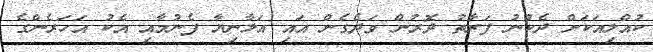
ކުއްލިއަކަށް ދެކުނު ފަރާތު ދޮރުން ވަދެގެން އައި އަލާނިޔާ ފެނުމާއި އެކު އަހަރެންގެ